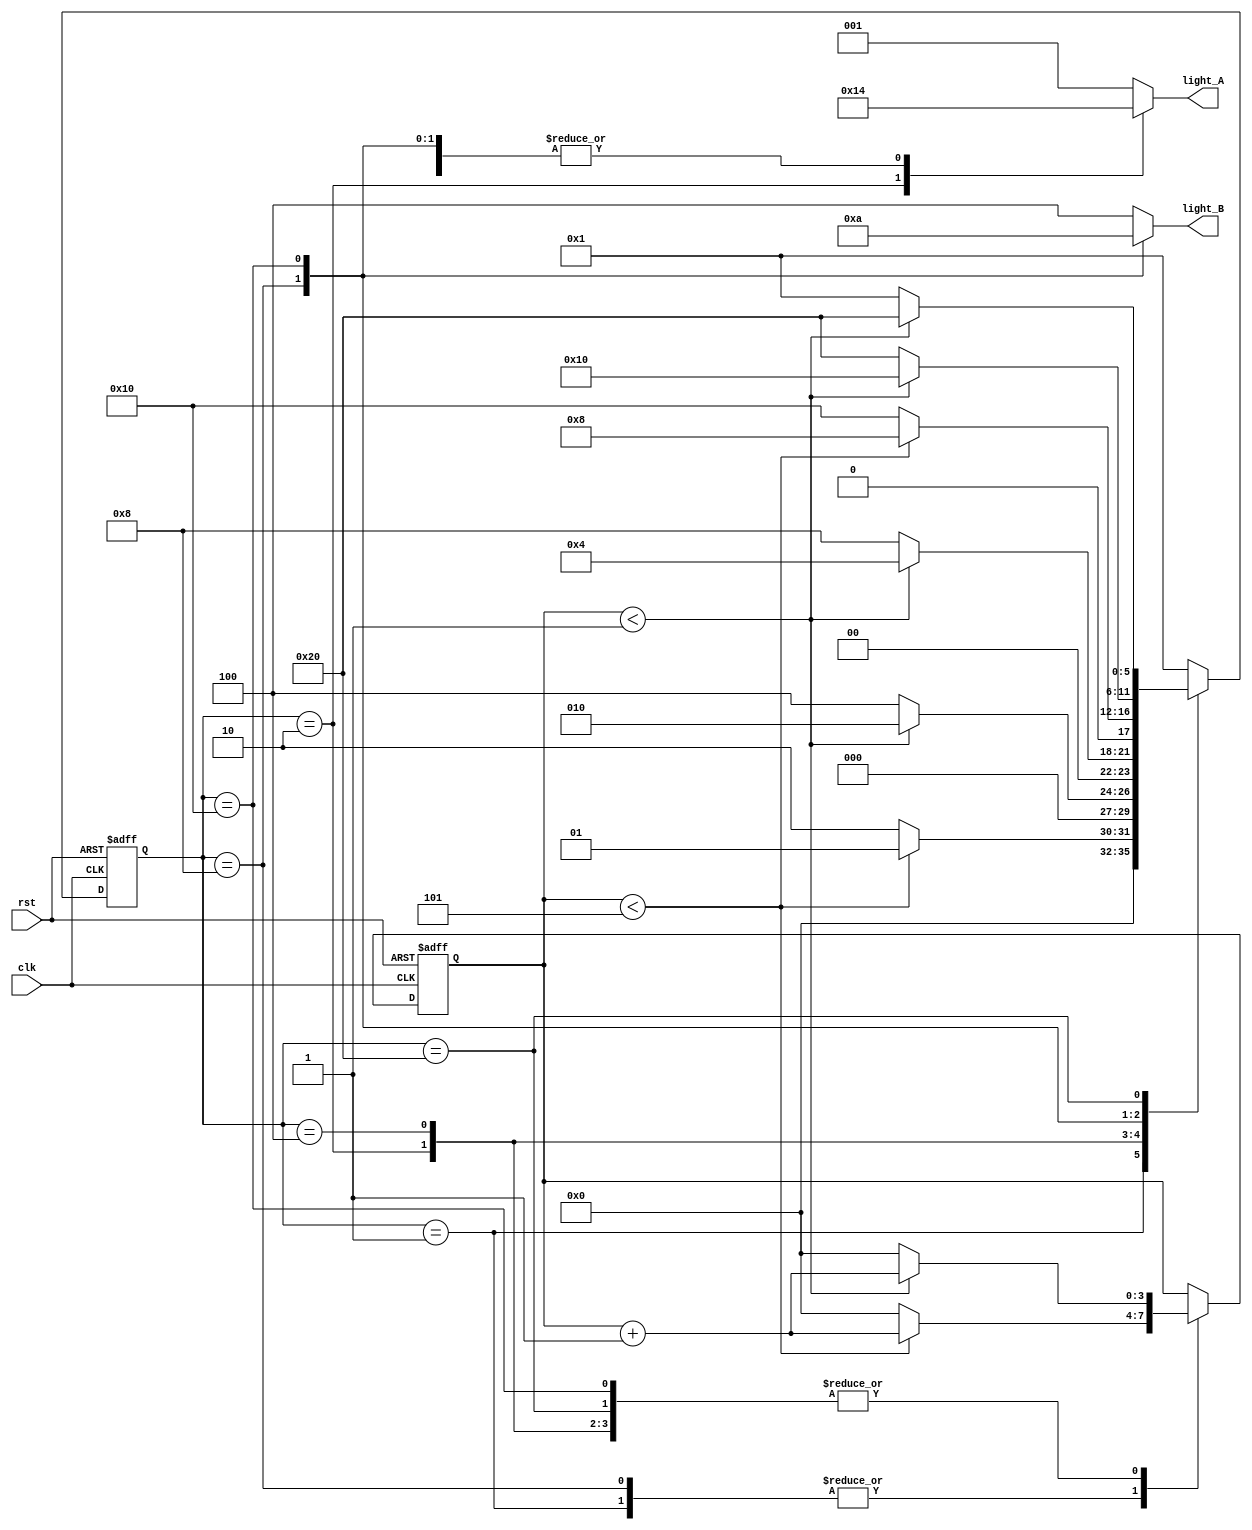
`timescale 1ns / 1ps
//////////////////////////////////////////////////////////////////////////////////
// Company: 
// Engineer: 
// 
// Design Name: 
// Module Name: traffic_light
// Project Name: 
// Target Devices: 
// Tool Versions: 
// Description: 
// 
// Dependencies: 
// 
// Revision:
// Revision 0.01 - File Created
// Additional Comments:
// 
//////////////////////////////////////////////////////////////////////////////////


module traffic_light(
    input rst,
    input clk,
    output reg [2:0] light_A,
    output reg [2:0] light_B
    );
    
    reg [5:0] state;
    // we do one hot encoding for the 6 states
    localparam S0 = 6'b000001,
               S1 = 6'b000010,
               S2 = 6'b000100,
               S3 = 6'b001000,
               S4 = 6'b010000,
               S5 = 6'b100000;
    // We need one count variable to count seconds
    // assuming we are using 1Hz clock input, i.e. Time = 1/frequency (freq = cycle/per sec)    
    // so when the clock click one time, it will be 1 second
    reg [3:0]   count;
    localparam SEC5 = 4'd5,
               SEC1 = 4'd1;
    
    always @(posedge clk or posedge rst)
        if (rst == 1) begin // reset handing
            state <= S0;
            count <= 0;
        end else
            case (state) 
                S0: if (count < SEC5) begin // State 0, if less than 5 sec, otherwise go next state
                        state<= S0;
                        count <= count + 1;
                    end else begin
                        state <= S1;
                        count <= 0;
                    end
                S1: if (count < SEC1) begin // state 1, if less than 1 sec, otherwise go to next state
                        state <= S1;
                        count <= count + 1;
                    end else begin
                        state <= S2;
                        count <= 0;
                    end
                S2: if (count < SEC1) begin // state 2, if less than 1 sec, otherwise go to next state
                        state <= S2;
                        count <= count + 1;
                    end else begin
                        state <= S3;
                        count <= 0;
                    end
                    
                S3: if (count < SEC5) begin // state 3, if less than 5 sec, otherwise go to next state
                        state <= S3;
                        count <= count + 1;
                    end else begin
                        state <= S4;
                        count <= 0;
                    end
                S4: if (count < SEC1) begin // state 4, if less than 1 sec, otherwise go to next state
                        state <= S4;
                        count <= count + 1;
                    end else begin
                        state <= S5;
                        count <= 0;
                    end
                S5: if (count < SEC1) begin // state 5, if less than 1 sec, otherwise go to state 0
                        state <= S5;
                        count <= count + 1;
                    end else begin
                        state <= S0;
                        count <= 0;
                    end
                default state <= S0;
          endcase
          
// handing output now
    always @ (*)       
    begin 
        case (state)  // Green 001, Yellow 010, Red 100
            S0: begin light_A <= 3'b001; light_B <= 3'b100; end 
            S1: begin light_A <= 3'b010; light_B <= 3'b100; end                                        
            S2: begin light_A <= 3'b100; light_B <= 3'b100; end  
            S3: begin light_A <= 3'b100; light_B <= 3'b001; end  
            S4: begin light_A <= 3'b100; light_B <= 3'b010; end
            S5: begin light_A <= 3'b100; light_B <= 3'b100; end
         default begin light_A <= 3'b001; light_B <= 3'b100; end    
         endcase  
      end    
endmodule